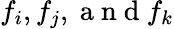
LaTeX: f_{i},f_{j},\mathrm{~a~n~d~}f_{k}